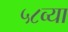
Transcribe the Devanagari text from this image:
५८व्या